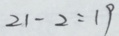
2 1 - 2 = 1 9